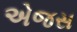
એજસ